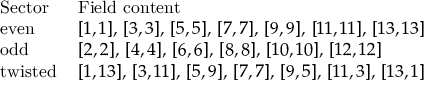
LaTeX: \begin{array} { l l } { { \mathrm { S e c t o r } \ \ } } & { { \mathrm { F i e l d ~ c o n t e n t } } } \\ { { \mathrm { e v e n } } } & { { [ 1 , 1 ] , \, [ 3 , 3 ] , \, [ 5 , 5 ] , \, [ 7 , 7 ] , \, [ 9 , 9 ] , \, [ 1 1 , 1 1 ] , \, [ 1 3 , 1 3 ] } } \\ { { \mathrm { o d d } } } & { { [ 2 , 2 ] , \, [ 4 , 4 ] , \, [ 6 , 6 ] , \, [ 8 , 8 ] , \, [ 1 0 , 1 0 ] , \, [ 1 2 , 1 2 ] } } \\ { { \mathrm { t w i s t e d } } } & { { [ 1 , 1 3 ] , \, [ 3 , 1 1 ] , \, [ 5 , 9 ] , \, [ 7 , 7 ] , \, [ 9 , 5 ] , \, [ 1 1 , 3 ] , \, [ 1 3 , 1 ] } } \end{array}